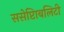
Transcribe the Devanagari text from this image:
ससेप्टिाबलिटी